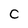
Character: C